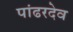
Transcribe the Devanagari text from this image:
पांढरदेव